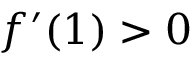
f ^ { \prime } ( 1 ) > 0